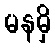
မနမှိ